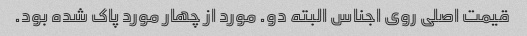
قیمت اصلی روی اجناس البته دو. مورد از چهار مورد پاک شده بود.